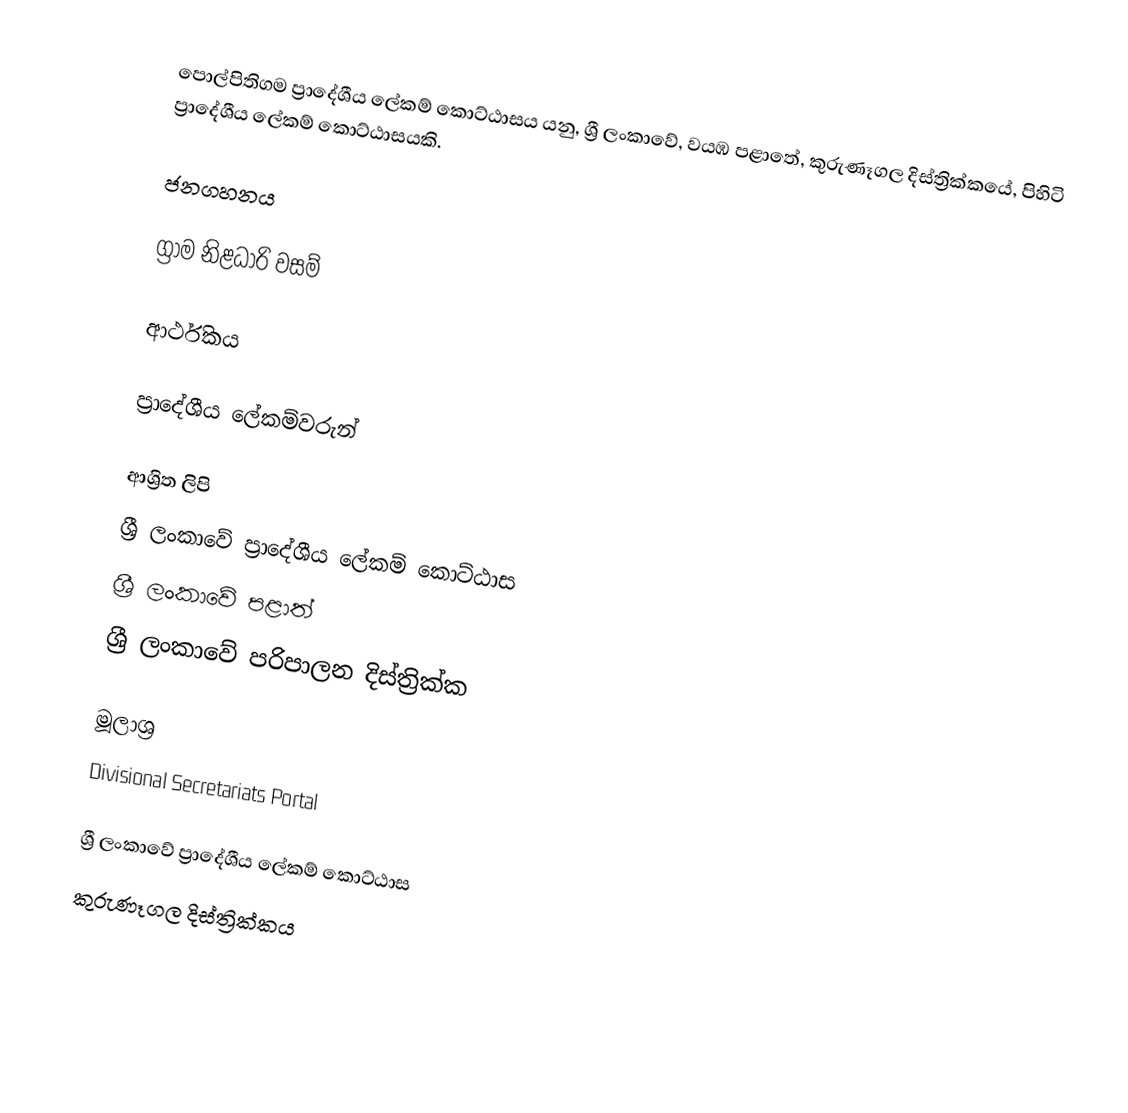
පොල්පිතිගම ප්‍රාදේශීය ලේකම් කොට්ඨාසය යනු,  ශ්‍රී ලංකාවේ, වයඹ පළාතේ,   කුරුණෑගල දිස්ත්‍රික්කයේ, පිහිටි ප්‍රාදේශීය ලේකම් කොට්ඨාසයකි.

ජනගහනය

ග්‍රාම නිළධාරි වසම්

ආර්ථිකය

ප්‍රාදේශීය ලේකම්වරුන්

ආශ්‍රිත ලිපි
ශ්‍රී ලංකාවේ ප්‍රාදේශීය ලේකම් කොට්ඨාස
ශ්‍රී ලංකාවේ පළාත්
ශ්‍රී ලංකාවේ පරිපාලන දිස්ත්‍රික්ක

මූලාශ්‍ර
 Divisional Secretariats Portal

ශ්‍රී ලංකාවේ ප්‍රාදේශීය ලේකම් කොට්ඨාස
කුරුණෑගල දිස්ත්‍රික්කය